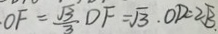
O F = \frac { \sqrt { 3 } } { 3 } D F = \sqrt { 3 } . O D = 2 \sqrt { 3 } 、